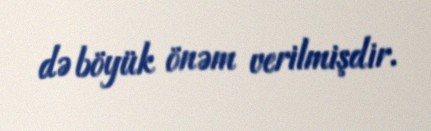
də böyük önəm verilmişdir.